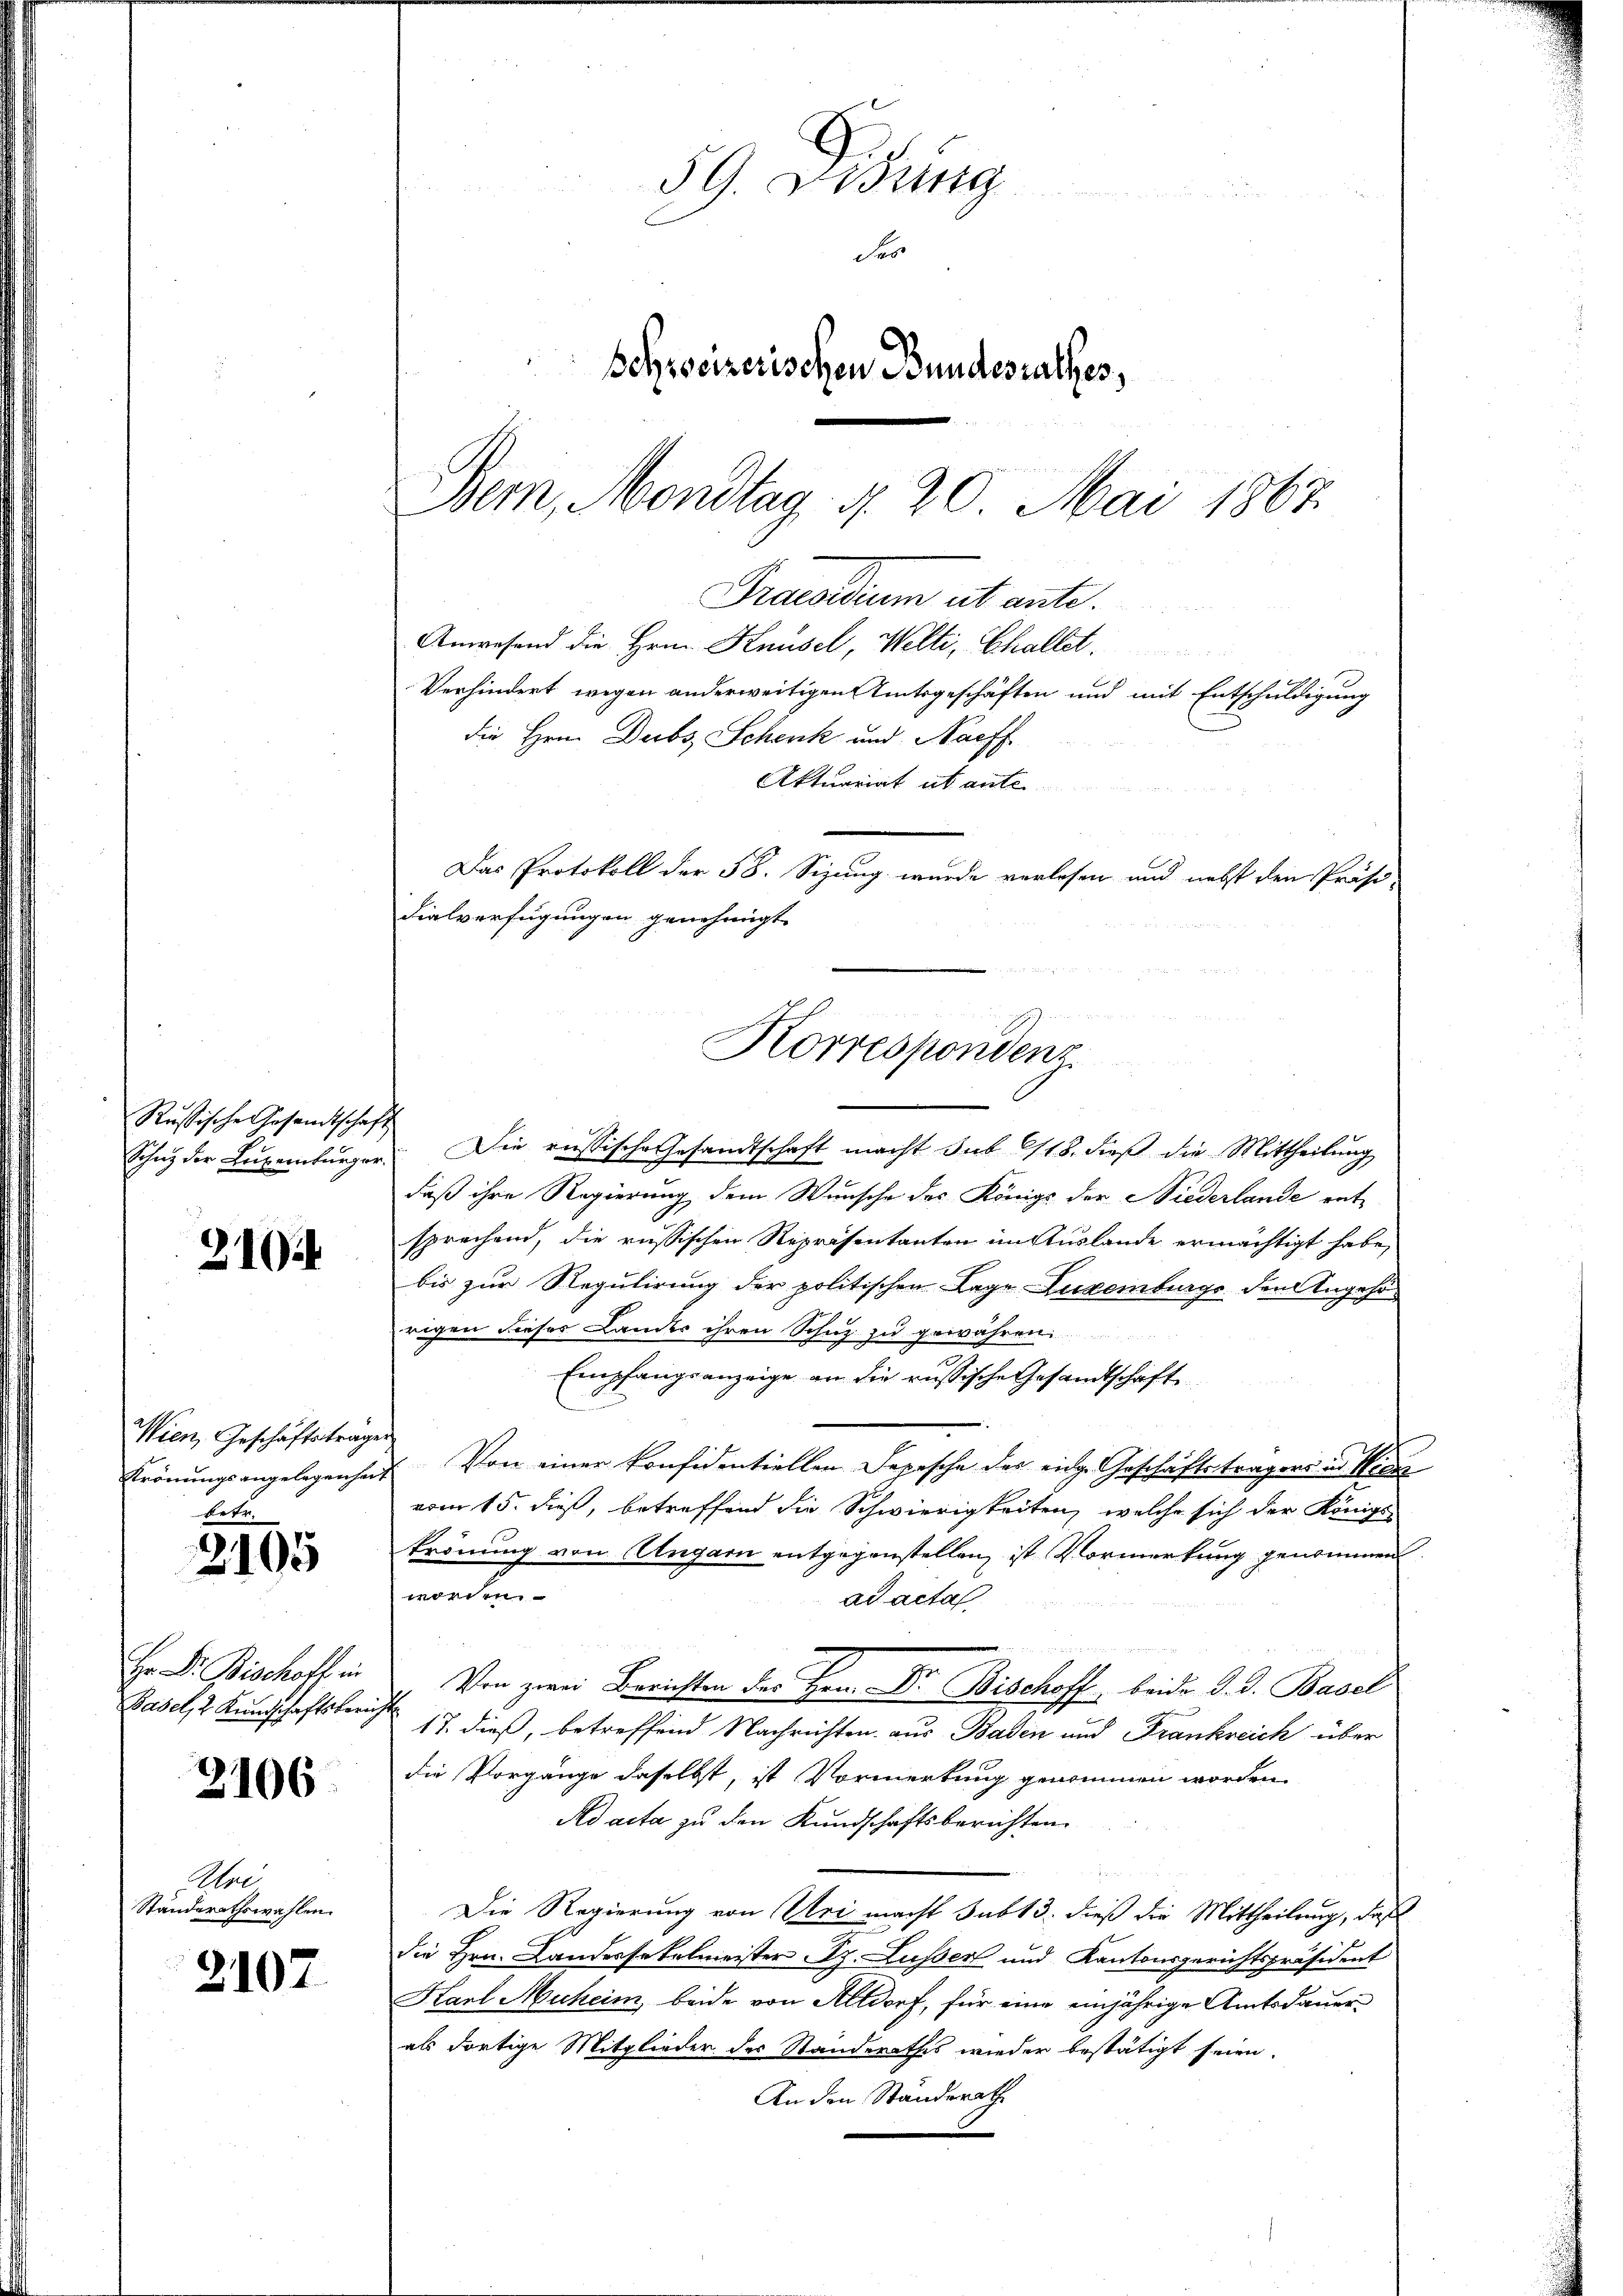
Rußische Gesandtschaft
Schutz der Luxenburger.

2101

Wien, Geschäftstrag.
Krönungsangelegenhei
betr.

2105

Hr Dr. Bischoff ein
Basel, 2 Kundschaftsberi

2106

Uhr
Standerathswahlen.

2107.

5G. Weing
Ses
Schreizerischen Bundesrathes,
Bem, Montag, d. 20. Mai 1867

Korrespondenz

Praedium et ante.
Anwesend die Hrn. Knüsel, Welti, Chaltet.
Verhindert wegen anderweitigen Amtsgeschäften und mit Entschuldigung
die Hrn. Decbs, Schenk und Nachf
Aktuariat et ante
Das Protokoll der 58. Sizung wurde verlesen und nebst den Präsi-
dialverfügungen genehmigt

Die russische Gesandtschaft macht sub 618. dieß die Mittheilung
daß ihre Regierung dem Wunsche des Königs der Niederlande entsprechend, die russischen Repräsentanten im Auslande ermächtigt habe,
bis zur Regulirung der politischen Lage Luxenburgs den Angehörigen dieses Lander ihren Schuz zu gewähren
e
Empfangsanzeige an die russische Gesandtschaft
Von einer Konfidentiellen Depesche des eidge Geschäftsträgers und Nich
vom 15. dieß, betreffend die Schwierigkeiten, welche sich der Königl.
krönung von Ungarn entgegenstellen, ist Vormerkung genommen.
worden.
ad acta
Von zwei Berichten des Herr Dr. Bischoff beide d. d. Basel
17. dieß, betreffend Nachrichten aus Baden und Frankreich über
die Vorgänge daselbst, ist Vormerkung genommen worden
Ad acta zu den Kundschaftsberichten.
Die Regierung von Uri macht sub 13. dieß die Mittheilung, daß
die Hrn. Landessatelmeister z. Lusser und Kantonsgerichtspräsident
Karl Muheim, beide von Altdorf, für eine einjährige Amtsdauerals dortige Mitglieder des Standerathes wieder bestätigt seien.
An den Standerath